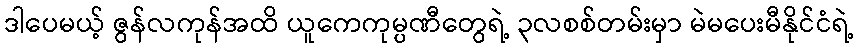
ဒါပေမယ့် ဇွန်လကုန်အထိ ယူကေကုမ္ပဏီတွေရဲ့ ၃လစစ်တမ်းမှာ မဲမပေးမီနိုင်ငံရဲ့